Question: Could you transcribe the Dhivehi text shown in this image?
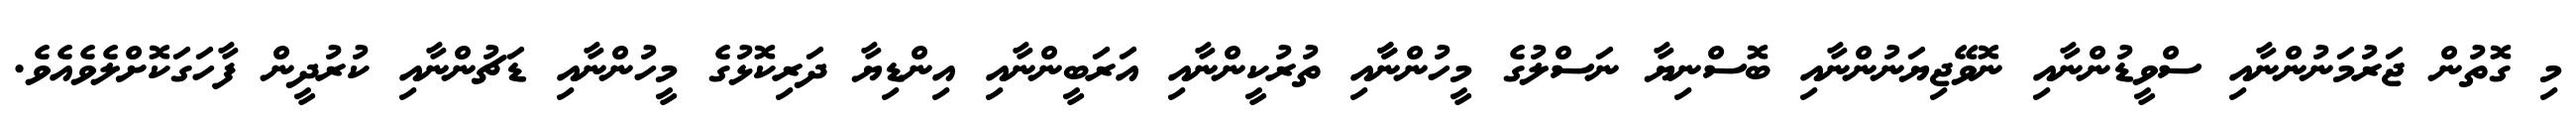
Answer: މި ގޮތުން ޖަރުމަނުންނާއި ސްވީޑުންނާއި ނޮވޭޖިޔަނުންނާއި ބޮސްނިޔާ ނަސްލުގެ މީހުންނާާއި ތުރުކީންނާއި އަރަބީންނާއި އިންޑިޔާ ދަރިކޮޅުގެ މީހުންނާއި ޑަޗުންނާއި ކުރުދީން ފާހަގަކޮށްލެވެއެވެ.